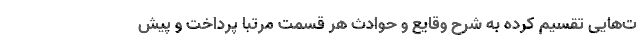
ت‌هایى تقسیم کرده به شرح وقایع و حوادث هر قسمت مرتبا پرداخت و پیش